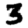
Digit: 3